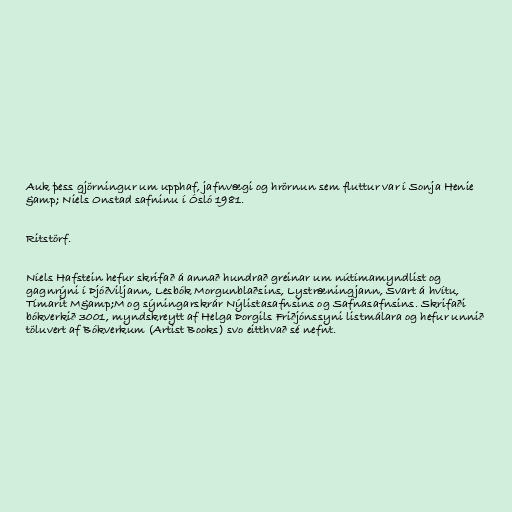
Auk þess gjörningur um upphaf, jafnvægi og hrörnun sem fluttur var í Sonja Henie
&amp; Niels Onstad safninu í Ósló 1981.

Ritstörf.

Níels Hafstein hefur skrifað á annað hundrað greinar um nútímamyndlist og
gagnrýni í Þjóðviljann, Lesbók Morgunblaðsins, Lystræningjann, Svart á hvítu,
Tímarit M&amp;M og sýningarskrár Nýlistasafnsins og Safnasafnsins. Skrifaði
bókverkið 3001, myndskreytt af Helga Þorgils Friðjónssyni listmálara og hefur unnið
töluvert af Bókverkum (Artist Books) svo eitthvað sé nefnt.